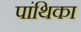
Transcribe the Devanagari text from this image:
पांथिका